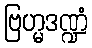
ဗြဟ္မဒဏ္ဍံ